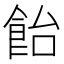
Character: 飴